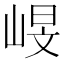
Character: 𡹋